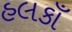
હલકાઁ